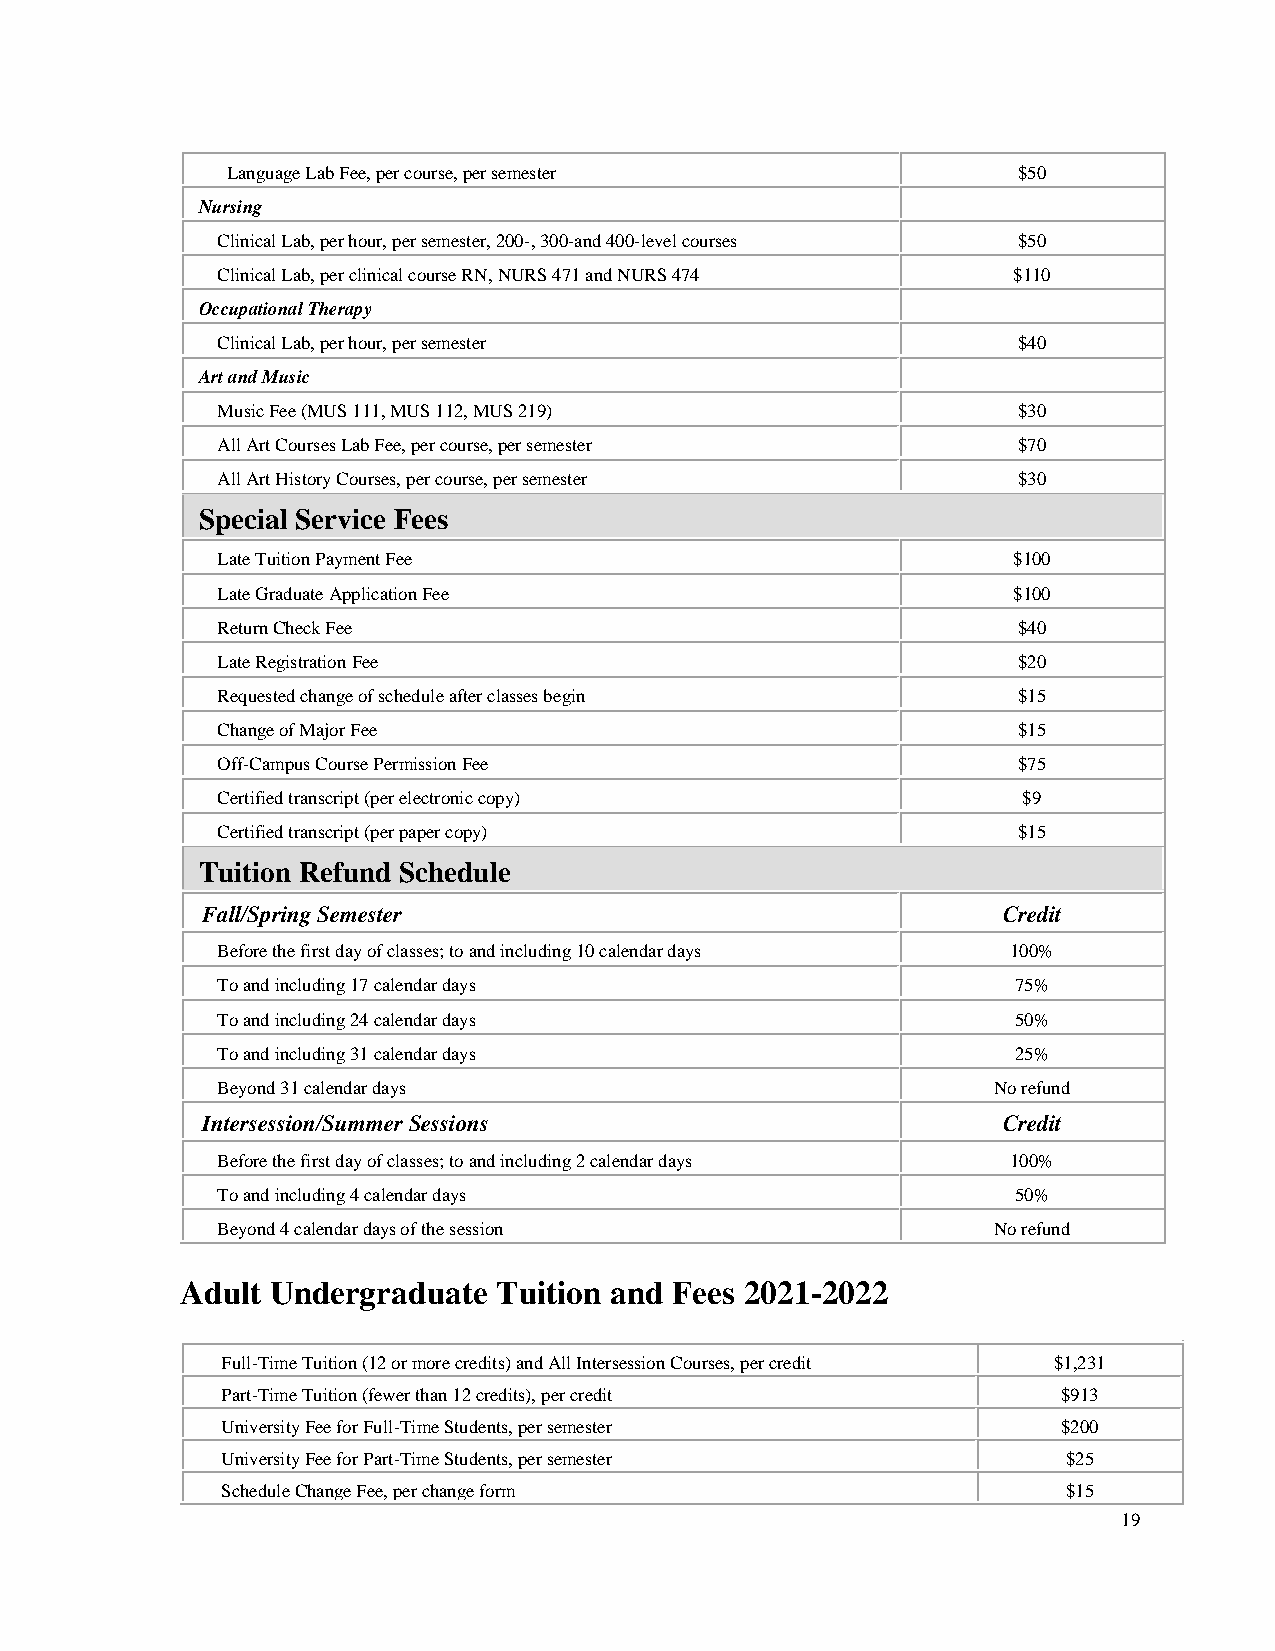
Language Lab Fee, per course, per semester          $50
 Nursing
 Clinical Lab, per hour, per semester, 200-, 300-and 400-level courses $50
 Clinical Lab, per clinical course RN, NURS 471 and NURS 474 $110
 Occupational Therapy
 Clinical Lab, per hour, per semester                 $40
 Art and Music
 Music Fee (MUS 111, MUS 112, MUS 219)                $30
 All Art Courses Lab Fee, per course, per semester    $70
 All Art History Courses, per course, per semester    $30
 Special Service Fees
 Late Tuition Payment Fee                             $100
 Late Graduate Application Fee                        $100
 Return Check Fee                                     $40
 Late Registration Fee                                $20
 Requested change of schedule after classes begin     $15
 Change of Major Fee                                  $15
 Off-Campus Course Permission Fee                     $75
 Certified transcript (per electronic copy)            $9
 Certified transcript (per paper copy)                $15
 Tuition Refund Schedule
 Fall/Spring Semester                                 Credit
 Before the first day of classes; to and including 10 calendar days 100%
 To and including 17 calendar days                    75%
 To and including 24 calendar days                    50%
 To and including 31 calendar days                    25%
 Beyond 31 calendar days                             No refund
 Intersession/Summer Sessions                         Credit
 Before the first day of classes; to and including 2 calendar days 100%
 To and including 4 calendar days                     50%
 Beyond 4 calendar days of the session               No refund
 Adult Undergraduate  Tuition and Fees 2021-2022
 Full-Time Tuition (12 or more credits) and All Intersession Courses, per credit $1,231
 Part-Time Tuition (fewer than 12 credits), per credit  $913
 University Fee for Full-Time Students, per semester    $200
 University Fee for Part-Time Students, per semester     $25
 Schedule Change Fee, per change form                    $15
 19